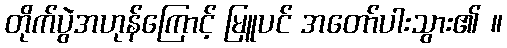
တိုက်ပွဲအဟုန်ကြောင့် မြူပင် အတော်ပါးသွား၏ ။